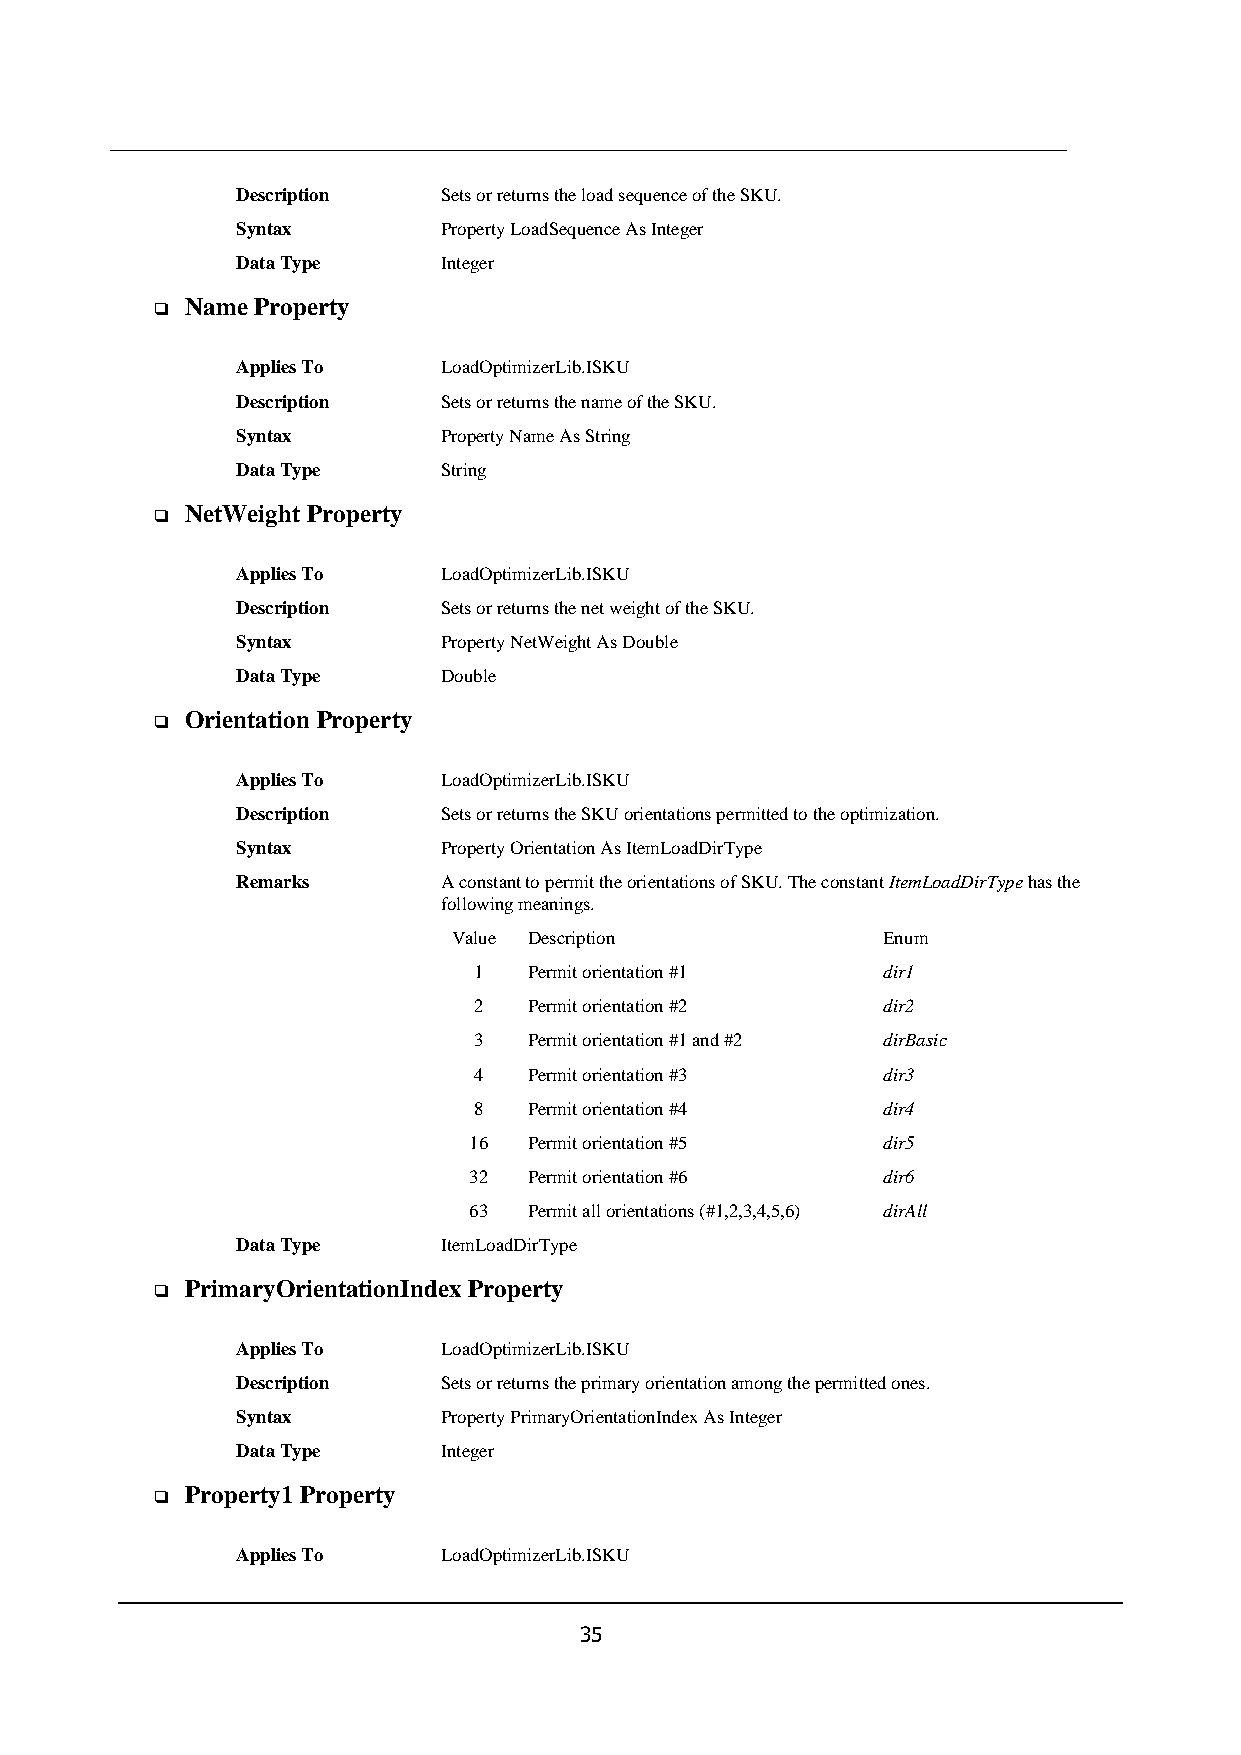
Description  Sets or returns the load sequence of the SKU.
 Syntax       Property LoadSequence As Integer
 Data Type    Integer
 Name Property
 ❑
 Applies To   LoadOptimizerLib.ISKU
 Description  Sets or returns the name of the SKU.
 Syntax       Property Name As String
 Data Type    String
 NetWeight Property
 ❑
 Applies To   LoadOptimizerLib.ISKU
 Description  Sets or returns the net weight of the SKU.
 Syntax       Property NetWeight As Double
 Data Type    Double
 Orientation Property
 ❑
 Applies To   LoadOptimizerLib.ISKU
 Description  Sets or returns the SKU orientations permitted to the optimization.
 Syntax       Property Orientation As ItemLoadDirType
 Remarks      A constant to permit the orientations of SKU. The constant ItemLoadDirType has the
 following meanings.
 Value Description           Enum
 1   Permit orientation #1  dir1
 2   Permit orientation #2  dir2
 3   Permit orientation #1 and #2 dirBasic
 4   Permit orientation #3  dir3
 8   Permit orientation #4  dir4
 16  Permit orientation #5  dir5
 32  Permit orientation #6  dir6
 63  Permit all orientations (#1,2,3,4,5,6) dirAll
 Data Type    ItemLoadDirType
 PrimaryOrientationIndex Property
 ❑
 Applies To   LoadOptimizerLib.ISKU
 Description  Sets or returns the primary orientation among the permitted ones.
 Syntax       Property PrimaryOrientationIndex As Integer
 Data Type    Integer
 Property1 Property
 ❑
 Applies To   LoadOptimizerLib.ISKU
 35